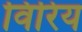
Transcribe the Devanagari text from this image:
विरिय